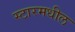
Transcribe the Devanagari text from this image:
स्टारमधील